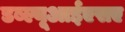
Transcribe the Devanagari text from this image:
डब्ल्यूआईएसए